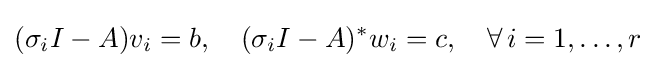
(\sigma _{i}I-A)v_{i}=b,\quad (\sigma _{i}I-A)^{*}w_{i}=c,\quad \forall \,i=1,\ldots ,r